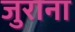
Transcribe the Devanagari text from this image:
जुराना